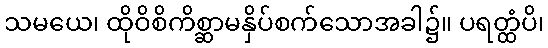
သမယေ၊ ထိုဝိစိကိစ္ဆာမနှိပ်စက်သောအခါ၌။ ပရတ္ထံပိ၊